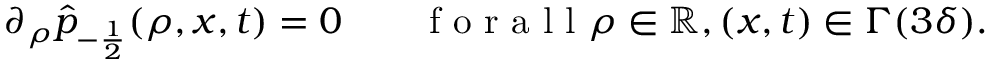
\begin{array} { r } { \partial _ { \rho } \hat { p } _ { - \frac { 1 } { 2 } } ( \rho , x , t ) = 0 \qquad \mathrm { ~ f ~ o ~ r ~ a ~ l ~ l ~ } \rho \in \ensuremath { \mathbb { R } } , ( x , t ) \in \Gamma ( 3 \delta ) . } \end{array}